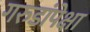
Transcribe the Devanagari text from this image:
गरुडांपेक्षा